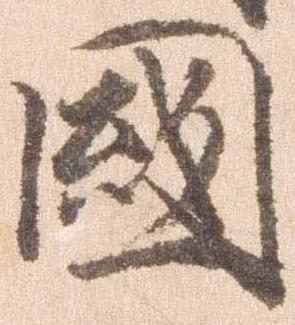
国